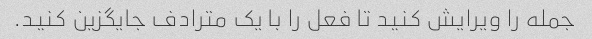
جمله را ویرایش کنید تا فعل را با یک مترادف جایگزین کنید.